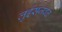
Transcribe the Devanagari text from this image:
लुईसजवळ